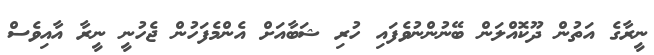
ނީރާގެ އަތުން ދޫކޮއްލަން ބޭނުންނުވެފައި ހުރި ޝަބާއަށް އެންމެފަހުން ޖެހުނީ ނީރާ އާއިވެސް